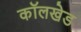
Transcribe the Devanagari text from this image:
कॉलखेड